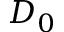
D _ { 0 }